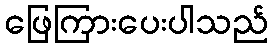
ဖြေကြားပေးပါသည်